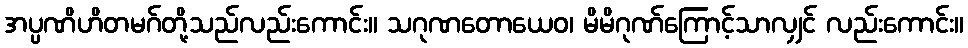
အပ္ပဏိဟိတမဂ်တို့သည်လည်းကောင်း။ သဂုဏတောယေဝ၊ မိမိဂုဏ်ကြောင့်သာလျှင် လည်းကောင်း။